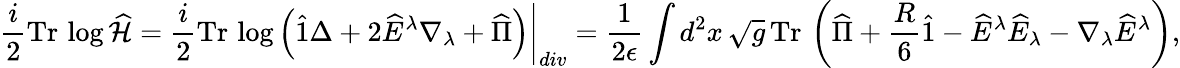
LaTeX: \frac{i}{2}\mathrm{Tr}\, \log\widehat{\cal H}=\left.\frac{i}{2}\mathrm{Tr}\, \log\left(\widehat{1}\Delta+2\widehat{E}^{\lambda}\nabla_{\lambda}+\widehat{\Pi}\right)\right|_{div}=\frac{1}{2\epsilon}\int d^{2}x\, \sqrt{g}\, \mathrm{Tr}\, \left(\widehat{\Pi}+\frac{R}{6}\widehat{1}-\widehat{E}^{\lambda}\widehat{E}_{\lambda}-\nabla_{\lambda}\widehat{E}^{\lambda}\right),